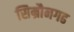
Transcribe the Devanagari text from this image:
सिम्रौनगढ